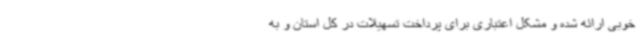
خوبی ارائه شده و مشکل اعتباری برای پرداخت تسهیلات در کل استان و به